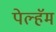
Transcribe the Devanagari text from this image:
पेल्हॅम